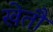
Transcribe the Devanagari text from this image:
खेतौ